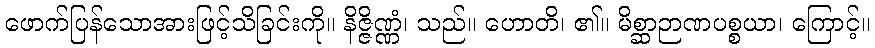
ဖောက်ပြန်သောအားဖြင့်သိခြင်းကို။ နိဇ္ဇိဏ္ဏံ၊ သည်။ ဟောတိ၊ ၏။ မိစ္ဆာဉာဏပစ္စယာ၊ ကြောင့်။